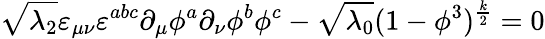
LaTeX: \sqrt{\lambda_{2}}\varepsilon_{\mu\nu}\varepsilon^{abc}\partial_{\mu}\phi^{a}\partial_{\nu}\phi^{b}\phi^{c}-\sqrt{\lambda_{0}}(1-\phi^{3})^{\frac{k}{2}}=0